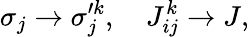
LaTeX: \sigma_{j}\rightarrow\sigma_{j}^{\prime k},\quad J_{ij}^{k}\rightarrow J,